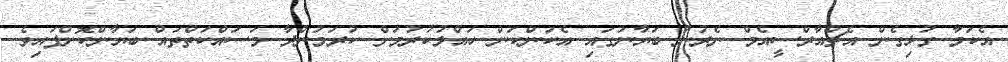
އެކަމާ ގުޅިގެން އެޗްއާރްސީއެމް ނެރުނު ބަޔާނުގައި އެކަންކަން ހައްލުކުރުމަށް ކުރަމުންދާ މަސައްކަތްތައް ބަޔާންކޮށްފައިވެ